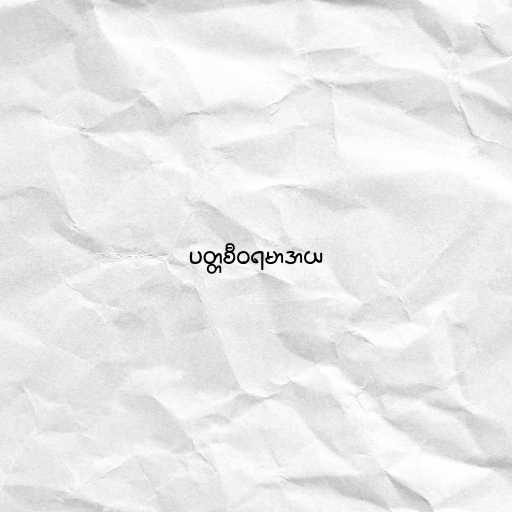
ပတ္တစီဝရမာဒာယ